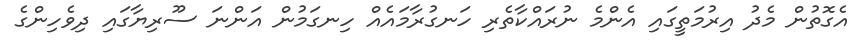
އެގޮތުން މެދު އިރުމަތީގައި އެންމެ ނުރައްކާތެރި ހަނގުރާމައެއް ހިނގަމުން އަންނަ ސޫރިޔާގައި ދިވެހިންގެ